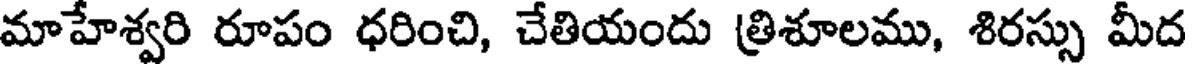
మాహేశ్వరి రూపం ధరించి, చేతియందు త్రిశూలము, శిరస్సు మీద